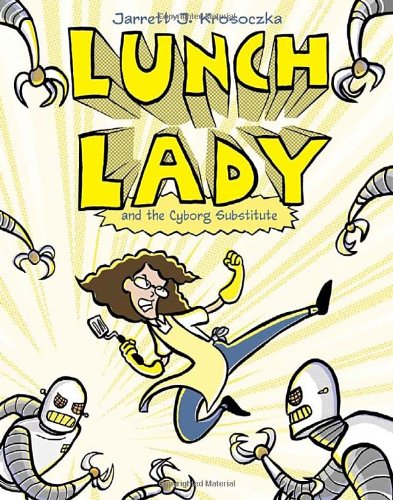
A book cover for Lunch Lady and the Cyborg Substitute: Lunch Lady #1; Jarrett J. Krosoczka; Children's Books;